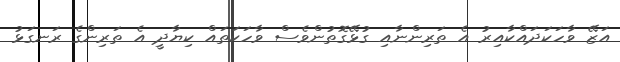
އަޒޭ ވާހަކަދައްކާއިރު އެ ތަރިންނާއި ގުޅޭގޮތުންވެސް ވާހަކަތައް ކިޔާދީ އެ ތަރިންގެ ރަނގަޅު